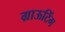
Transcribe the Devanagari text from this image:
ग्राऊटिंग